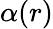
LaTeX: \alpha(r)